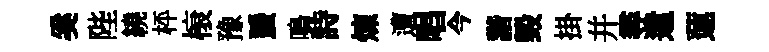
奚陛繞枰榱豫蜑鳴詩煉遭唱今諧毀掛并尋遣蓮